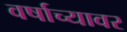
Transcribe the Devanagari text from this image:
वर्षाच्यावर